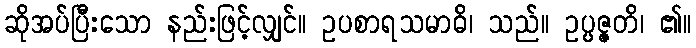
ဆိုအပ်ပြီးသော နည်းဖြင့်လျှင်။ ဥပစာရသမာဓိ၊ သည်။ ဥပ္ပဇ္ဇတိ၊ ၏။